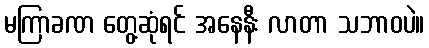
မကြာခဏ တွေ့ဆုံရင် အနေနီး လာတာ သဘာဝပဲ။